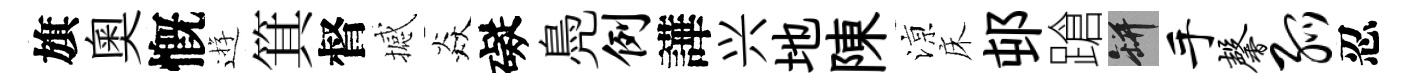
旗奥慨逰箕督撼焱礙鳧例譁兴地陳鿌床邨蹌瓶手馨弧忍